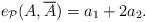
LaTeX: \begin{align*}e_{\mathcal{P}}(A,\overline{A}) = a_1+2a_2.\end{align*}